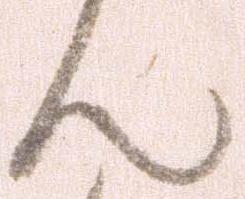
ん